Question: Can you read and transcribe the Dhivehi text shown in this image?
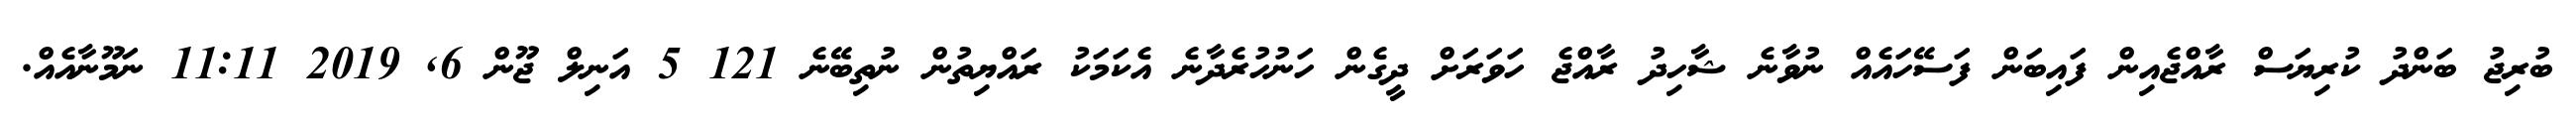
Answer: ބުރިޖު ބަންދު ކުރިޔަސް ރާއްޖެއިން ފައިބަން ފަސޭހައެއް ނުވާނެ ޝާހިދު ރާއްޖެ ހަވަރަށް ދީގެން ހަނުހުރެދާނެ އެކަމަކު ރައްޔިތުން ނުތިބޭނެ 121 5 އަނިލް ޖޫން 6, 2019 11:11 ނަމޫނާއެއް.